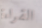
القراءة